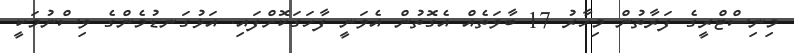
މިނިސްޓްރީގެ ފަރާތުން މިހާރު 17 ބާވަތެއް އެގޮތުން އެވަނީ ފާހަގަކޮށްފައި. އަޅުގަނޑުމެންގެ ވިސްނުމަކީ